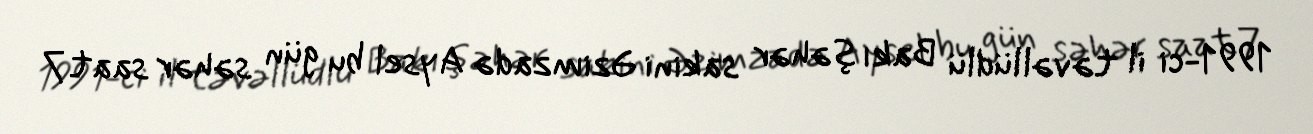
1991-ci il təvəllüdlü Bakı şəhər sakini Əzimzadə Aysel bu gün səhər saat 7